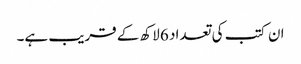
ان کتب کی تعداد 6 لاکھ کے قریب ہے۔